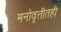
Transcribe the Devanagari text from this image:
मनोवृत्तीतही